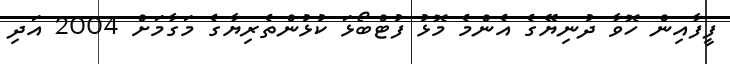
ފީފާއިން ހޮވާ ދުނިޔޭގެ އެންމެ މޮޅު ފުޓްބޯޅަ ކުޅުންތެރިޔާގެ މަގާމަށް 2004 އަދި